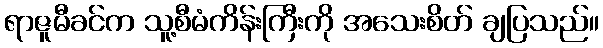
ရာဇူမီခင်က သူ့စီမံကိန်းကြီးကို အသေးစိတ် ချပြသည်။